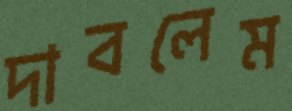
দাবলেম